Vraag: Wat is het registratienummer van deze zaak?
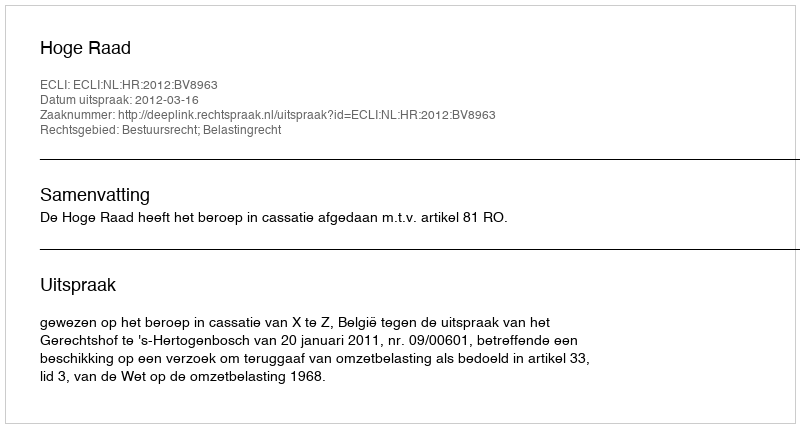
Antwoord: http://deeplink.rechtspraak.nl/uitspraak?id=ECLI:NL:HR:2012:BV8963